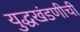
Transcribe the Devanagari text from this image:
युद्धखंडणीची